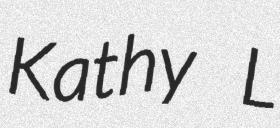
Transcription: Kathy L